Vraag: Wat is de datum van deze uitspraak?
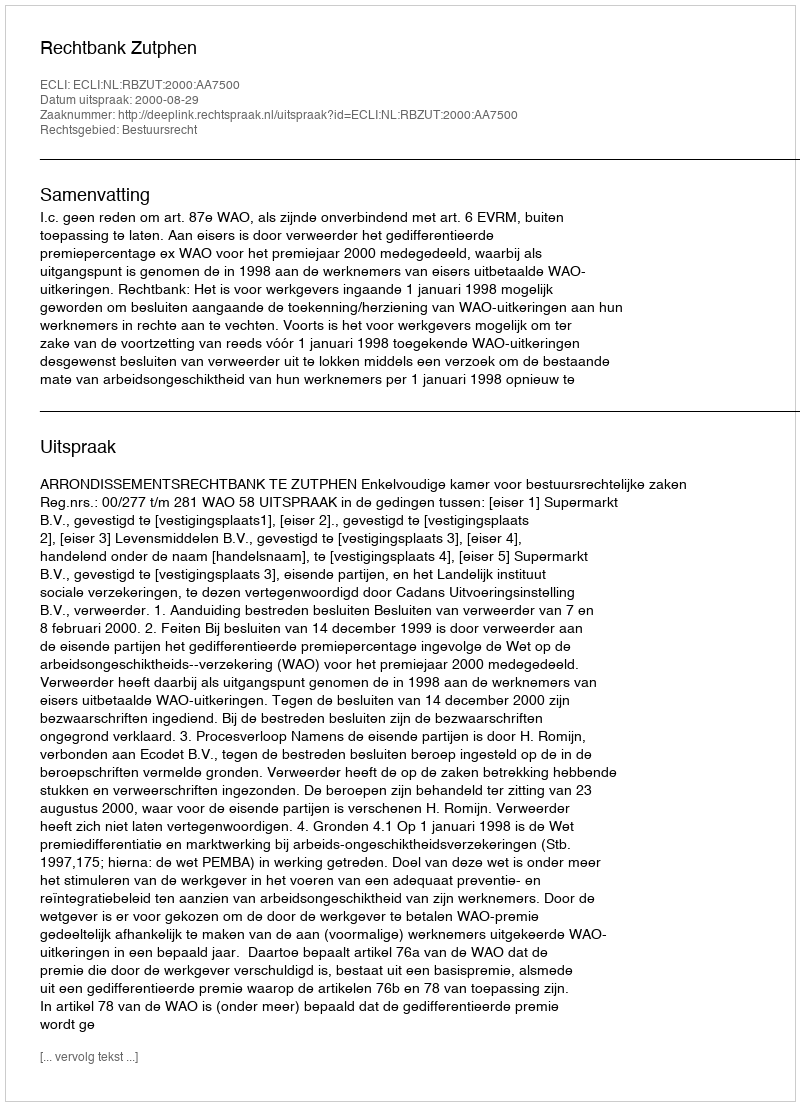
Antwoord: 2000-08-29